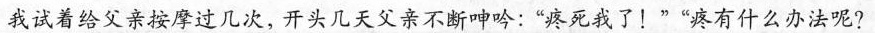
我试着给父亲按摩过几次，开头几天父亲不断呻吟：”疼死我了！””疼有什么办法呢?